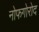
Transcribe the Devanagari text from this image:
नोफगोरोद